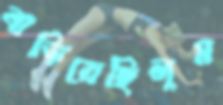
বাড়িয়েছিলুম